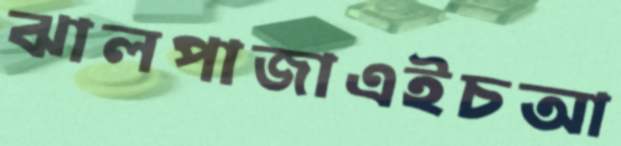
ঝালপাজাএইচআ